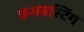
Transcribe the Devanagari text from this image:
कमबस्टिंग